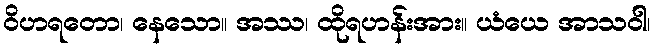
ဝိဟရတော၊ နေသော။ အဿ၊ ထိုရဟန်းအား။ ယံယေ အာသဝါ၊